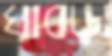
ঘাবড়া